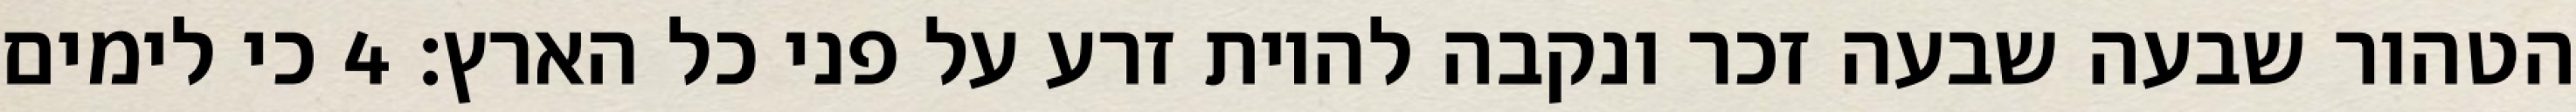
הטהור שבעה שבעה זכר ונקבה להיות זרע על פני כל הארץ׃ ‎4‏ כי לימים